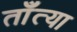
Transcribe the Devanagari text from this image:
ताँत्या